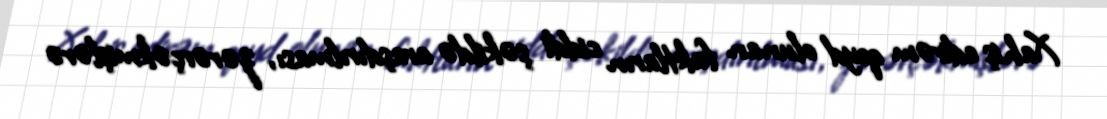
Xahiş edirəm qeyd olunan faktların ciddi şəkildə araşdırılması, zərərçəkmişlərə